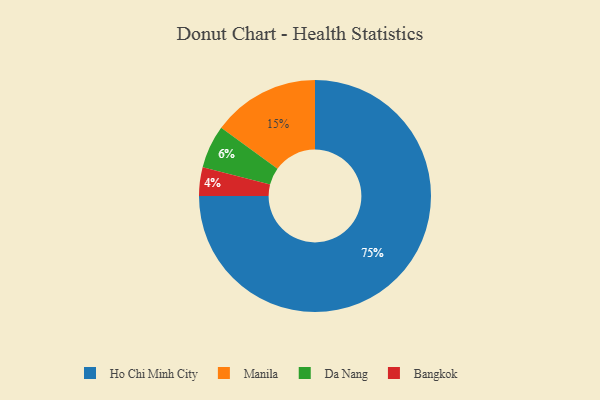
{"axis": {"x": "Category", "y": "Percentage"}, "legend": ["Bangkok", "Da Nang", "Ho Chi Minh City", "Manila"], "data": [{"x": "Manila", "y": 15, "type": "Manila"}, {"x": "Bangkok", "y": 4, "type": "Bangkok"}, {"x": "Ho Chi Minh City", "y": 75, "type": "Ho Chi Minh City"}, {"x": "Da Nang", "y": 6, "type": "Da Nang"}]}